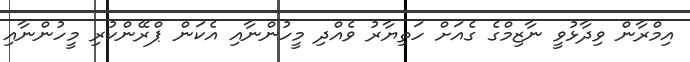
އިމްރާން ވިދާޅުވީ ނާޒިމްގެ ގެއަށް ހަތިޔާރު ވެއްދި މީހުންނާއި އެކަން ޕްރޭންކުރި މީހުންނާއި